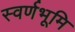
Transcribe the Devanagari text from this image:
स्वर्णभूमि